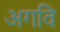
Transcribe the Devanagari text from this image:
अगवि